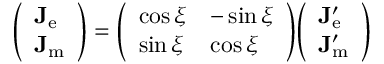
{ \left( \begin{array} { l } { \mathbf { J } _ { \mathrm { e } } } \\ { \mathbf { J } _ { \mathrm { m } } } \end{array} \right) } = { \left( \begin{array} { l l } { \cos \xi } & { - \sin \xi } \\ { \sin \xi } & { \cos \xi } \end{array} \right) } { \left( \begin{array} { l } { \mathbf { J } _ { \mathrm { e } } ^ { \prime } } \\ { \mathbf { J } _ { \mathrm { m } } ^ { \prime } } \end{array} \right) }